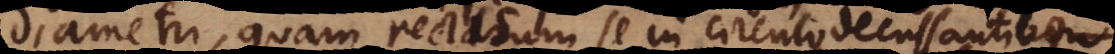
diametri, quam rectarum se in circulo decussantium